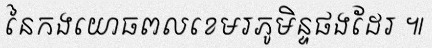
នៃកងយោធពលខេមរភូមិន្ទផងដែរ ៕